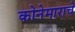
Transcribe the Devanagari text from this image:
कोनेमाराचे